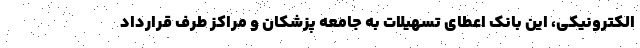
الکترونیکی، این بانک اعطای تسهیلات به جامعه پزشکان و مراکز طرف قرارداد